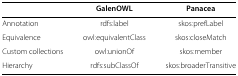
<table><thead><tr><td><b> </b></td><td><b>GalenOWL</b></td><td><b>Panacea</b></td></tr></thead><tbody><tr><td>Annotation</td><td>rdfs:label</td><td>skos:prefLabel</td></tr><tr><td>Equivalence</td><td>owl:equivalentClass</td><td>skos:closeMatch</td></tr><tr><td>Custom collections</td><td>owl:unionOf</td><td>skos:member</td></tr><tr><td>Hierarchy</td><td>rdfs:subClassOf</td><td>skos:broaderTransitive</td></tr></tbody></table>